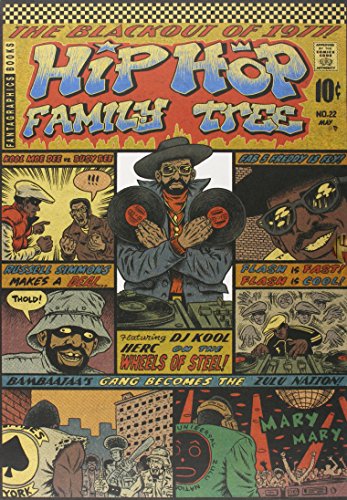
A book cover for Hip Hop Family Tree 1975-1983 Gift Box Set; Ed Piskor; Comics & Graphic Novels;